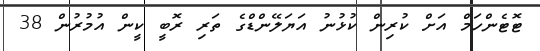
ޓޮޓެންހަމް އަށް ކުރިން ކުޅުނު އަޔަލޭންޑްގެ ތަރި ރޮބީ ކީން އުމުރުން 38